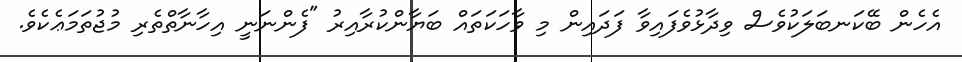
އެހެން ބޭކަނބަލަކުވެސް ވިދާޅުވެފައިވާ ފަދައިން މި ވާހަކަތައް ބަޔާންކުރާއިރު "ފެންނަނީ އިހާނާތްތެރި މުޖުތަމަޢެކެވެ.